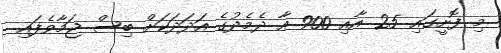
މި ފޮށީގައި 25 އާއި 900 އާ ދެމެދުގެ އަދަދަކަށް ބިސް ޖަމާވެފައި